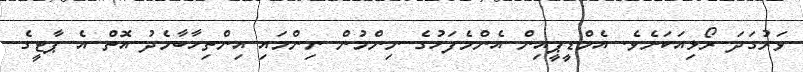
ވަރުގަދަ ރޯޅިއަކަށެވެ. އެމްޑީޕީއިން އެންމެފަހުގެ ނިންމުން ނިންމައި އިންތިހާބާމެދު އޮތް އެ ޕާޓީގެ